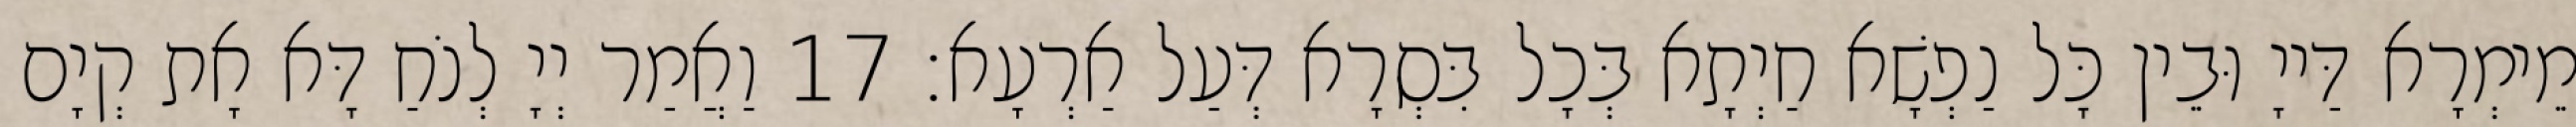
מֵימְרָא דַּייָ וּבֵין כָּל נַפְשָׁא חַיְתָא בְּכָל בִּסְרָא דְּעַל אַרְעָא׃ 17 וַאֲמַר יְיָ לְנֹחַ דָּא אָת קְיָם